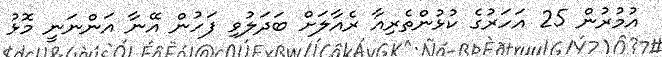
އުމުރުން 25 އަހަރުގެ ކުޅުންތެރިއާ ރެއާލަށް ބަދަލުވި ފަހުން އޭނާ އަންނަނީ މޮޅު